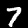
Digit: 7